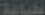
الطباعة